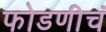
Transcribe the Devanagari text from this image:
फोडणीचं